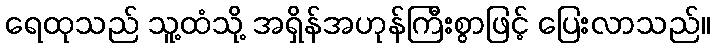
ရေထုသည် သူ့ထံသို့ အရှိန်အဟုန်ကြီးစွာဖြင့် ပြေးလာသည်။